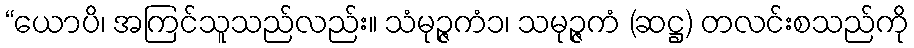
“ယောပိ၊ အကြင်သူသည်လည်း။ သံမုဉ္ဇကံ၁၊ သမုဉ္ဇကံ (ဆဋ္ဌ) တလင်းစသည်ကို